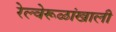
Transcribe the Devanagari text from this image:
रेल्वेरूळांखाली